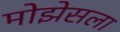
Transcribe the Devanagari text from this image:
मोझेसला